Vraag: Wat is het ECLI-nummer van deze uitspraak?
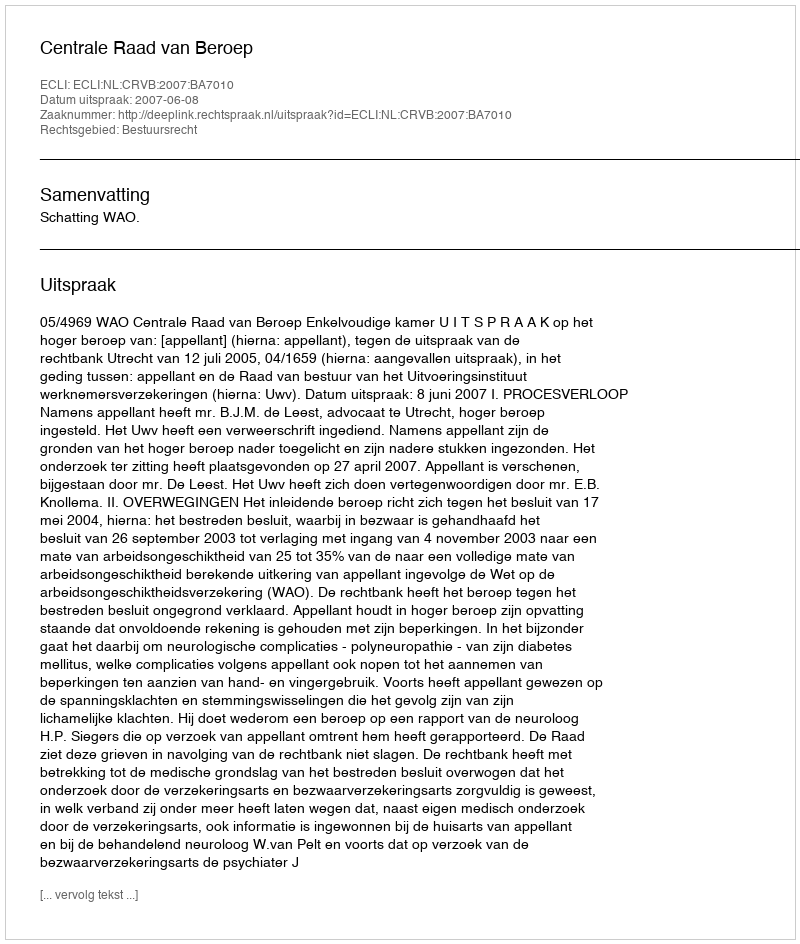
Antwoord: ECLI:NL:CRVB:2007:BA7010